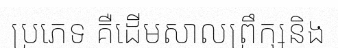
ប្រភេទ គឺដើមសាលព្រឹក្សនិង